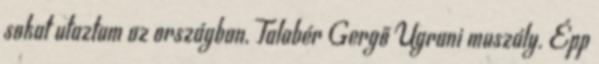
sokat utaztam az országban, Talabér Gergő Ugrani muszály. Épp